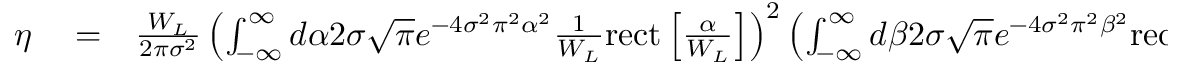
\begin{array} { r l r } { \eta } & { { } = } & { \frac { W _ { L } } { 2 \pi \sigma ^ { 2 } } \left( \int _ { - \infty } ^ { \infty } d \alpha 2 \sigma \sqrt { \pi } e ^ { - 4 \sigma ^ { 2 } \pi ^ { 2 } \alpha ^ { 2 } } \frac { 1 } { W _ { L } } \mathrm { r e c t } \left[ \frac { \alpha } { W _ { L } } \right] \right) ^ { 2 } \left( \int _ { - \infty } ^ { \infty } d \beta 2 \sigma \sqrt { \pi } e ^ { - 4 \sigma ^ { 2 } \pi ^ { 2 } \beta ^ { 2 } } \mathrm { r e c t } \left[ \beta \right] \right) ^ { 2 } } \end{array}